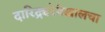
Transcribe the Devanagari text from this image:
दारिद्र्यरेषेखालचा